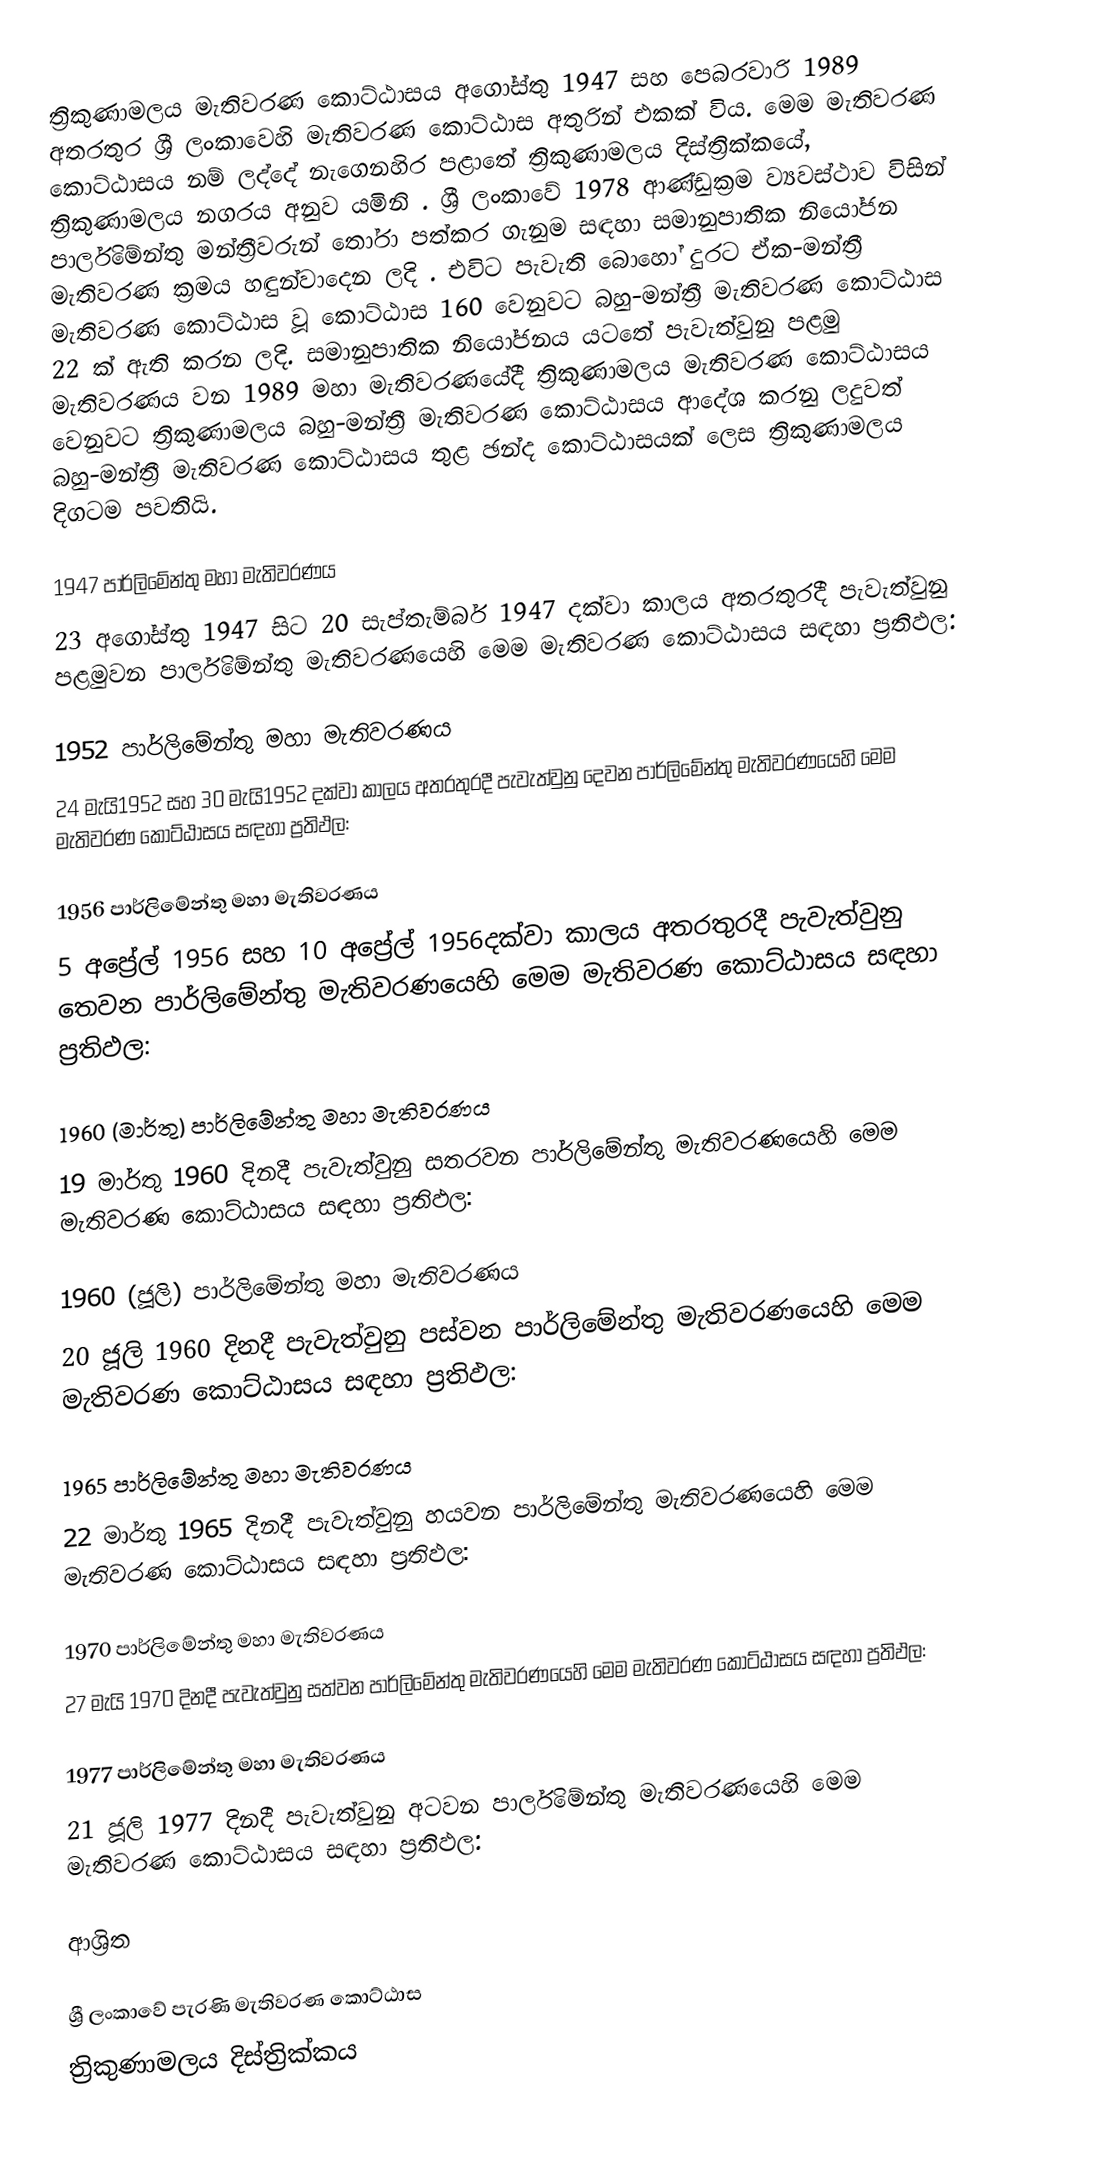
ත්‍රිකුණාමලය මැතිවරණ කොට්ඨාසය  අගෝස්තු 1947 සහ පෙබරවාරි 1989 අතරතුර  ශ්‍රී ලංකාවෙහි  මැතිවරණ කොට්ඨාස අතුරින් එකක් විය. මෙම මැතිවරණ කොට්ඨාසය නම් ලද්දේ නැගෙනහිර පළාතේ  ත්‍රිකුණාමලය දිස්ත්‍රික්කයේ,  ත්‍රිකුණාමලය නගරය අනුව යමිනි . ශ්‍රී ලංකාවේ 1978 ආණ්ඩුක්‍රම ව්‍යවස්ථාව විසින්   පාර්ලිමේන්තු මන්ත්‍රීවරුන් තෝරා පත්කර ගැනුම සඳහා සමානුපාතික නියෝජන මැතිවරණ ක්‍රමය හඳුන්වාදෙන ලදි . එවිට පැවැති බොහෝ දුරට  ඒක-මන්ත්‍රී මැතිවරණ කොට්ඨාස වූ කොට්ඨාස 160 වෙනුවට බහු-මන්ත්‍රී මැතිවරණ කොට්ඨාස 22 ක් ඇති කරන ලදි. සමානුපාතික නියෝජනය යටතේ පැවැත්වුනු පළමු මැතිවරණය වන 1989 මහා මැතිවරණයේදී  ත්‍රිකුණාමලය මැතිවරණ කොට්ඨාසය වෙනුවට  ත්‍රිකුණාමලය බහු-මන්ත්‍රී මැතිවරණ කොට්ඨාසය  ආදේශ කරනු ලදුවත් බහු-මන්ත්‍රී මැතිවරණ කොට්ඨාසය තුළ ඡන්ද කොට්ඨාසයක් ලෙස ත්‍රිකුණාමලය දිගටම පවතියි.

1947 පාර්ලිමේන්තු මහා මැතිවරණය
23 අගෝස්තු 1947 සිට 20 සැප්තැම්බර් 1947 දක්වා කාලය අතරතුරදී පැවැත්වුනු  පළමුවන පාර්ලිමේන්තු මැතිවරණයෙහි මෙම මැතිවරණ කොට්ඨාසය සඳහා ප්‍රතිඵල:

1952 පාර්ලිමේන්තු මහා මැතිවරණය
24 මැයි1952 සහ 30 මැයි1952 දක්වා කාලය අතරතුරදී පැවැත්වුනු  දෙවන පාර්ලිමේන්තු මැතිවරණයෙහි මෙම මැතිවරණ කොට්ඨාසය සඳහා ප්‍රතිඵල:

1956 පාර්ලිමේන්තු මහා මැතිවරණය
5 අප්‍රේල් 1956 සහ 10 අප්‍රේල් 1956දක්වා කාලය අතරතුරදී පැවැත්වුනු  තෙවන පාර්ලිමේන්තු මැතිවරණයෙහි මෙම මැතිවරණ කොට්ඨාසය සඳහා ප්‍රතිඵල:

1960 (මාර්තු) පාර්ලිමේන්තු මහා මැතිවරණය
19 මාර්තු 1960 දිනදී පැවැත්වුනු  සතරවන පාර්ලිමේන්තු මැතිවරණයෙහි මෙම මැතිවරණ කොට්ඨාසය සඳහා ප්‍රතිඵල:

1960 (ජූලි) පාර්ලිමේන්තු මහා මැතිවරණය
20 ජූලි 1960 දිනදී පැවැත්වුනු  පස්වන පාර්ලිමේන්තු මැතිවරණයෙහි මෙම මැතිවරණ කොට්ඨාසය සඳහා ප්‍රතිඵල:

1965 පාර්ලිමේන්තු මහා මැතිවරණය
22 මාර්තු 1965  දිනදී පැවැත්වුනු  හයවන පාර්ලිමේන්තු මැතිවරණයෙහි මෙම මැතිවරණ කොට්ඨාසය සඳහා ප්‍රතිඵල:

1970 පාර්ලිමේන්තු මහා මැතිවරණය
27 මැයි 1970 දිනදී පැවැත්වුනු  සත්වන පාර්ලිමේන්තු මැතිවරණයෙහි මෙම මැතිවරණ කොට්ඨාසය සඳහා ප්‍රතිඵල:

1977 පාර්ලිමේන්තු මහා මැතිවරණය
21 ජූලි 1977 දිනදී පැවැත්වුනු  අටවන පාර්ලිමේන්තු මැතිවරණයෙහි මෙම මැතිවරණ කොට්ඨාසය සඳහා ප්‍රතිඵල:

ආශ්‍රිත

ශ්‍රී ලංකාවේ පැරණි මැතිවරණ කොට්ඨාස
ත්‍රිකුණාමලය දිස්ත්‍රික්කය